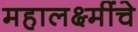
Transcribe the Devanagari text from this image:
महालक्ष्मींचे